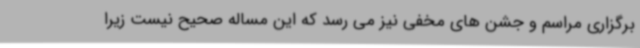
برگزاری مراسم و جشن های مخفی نیز می رسد که این مساله صحیح نیست زیرا